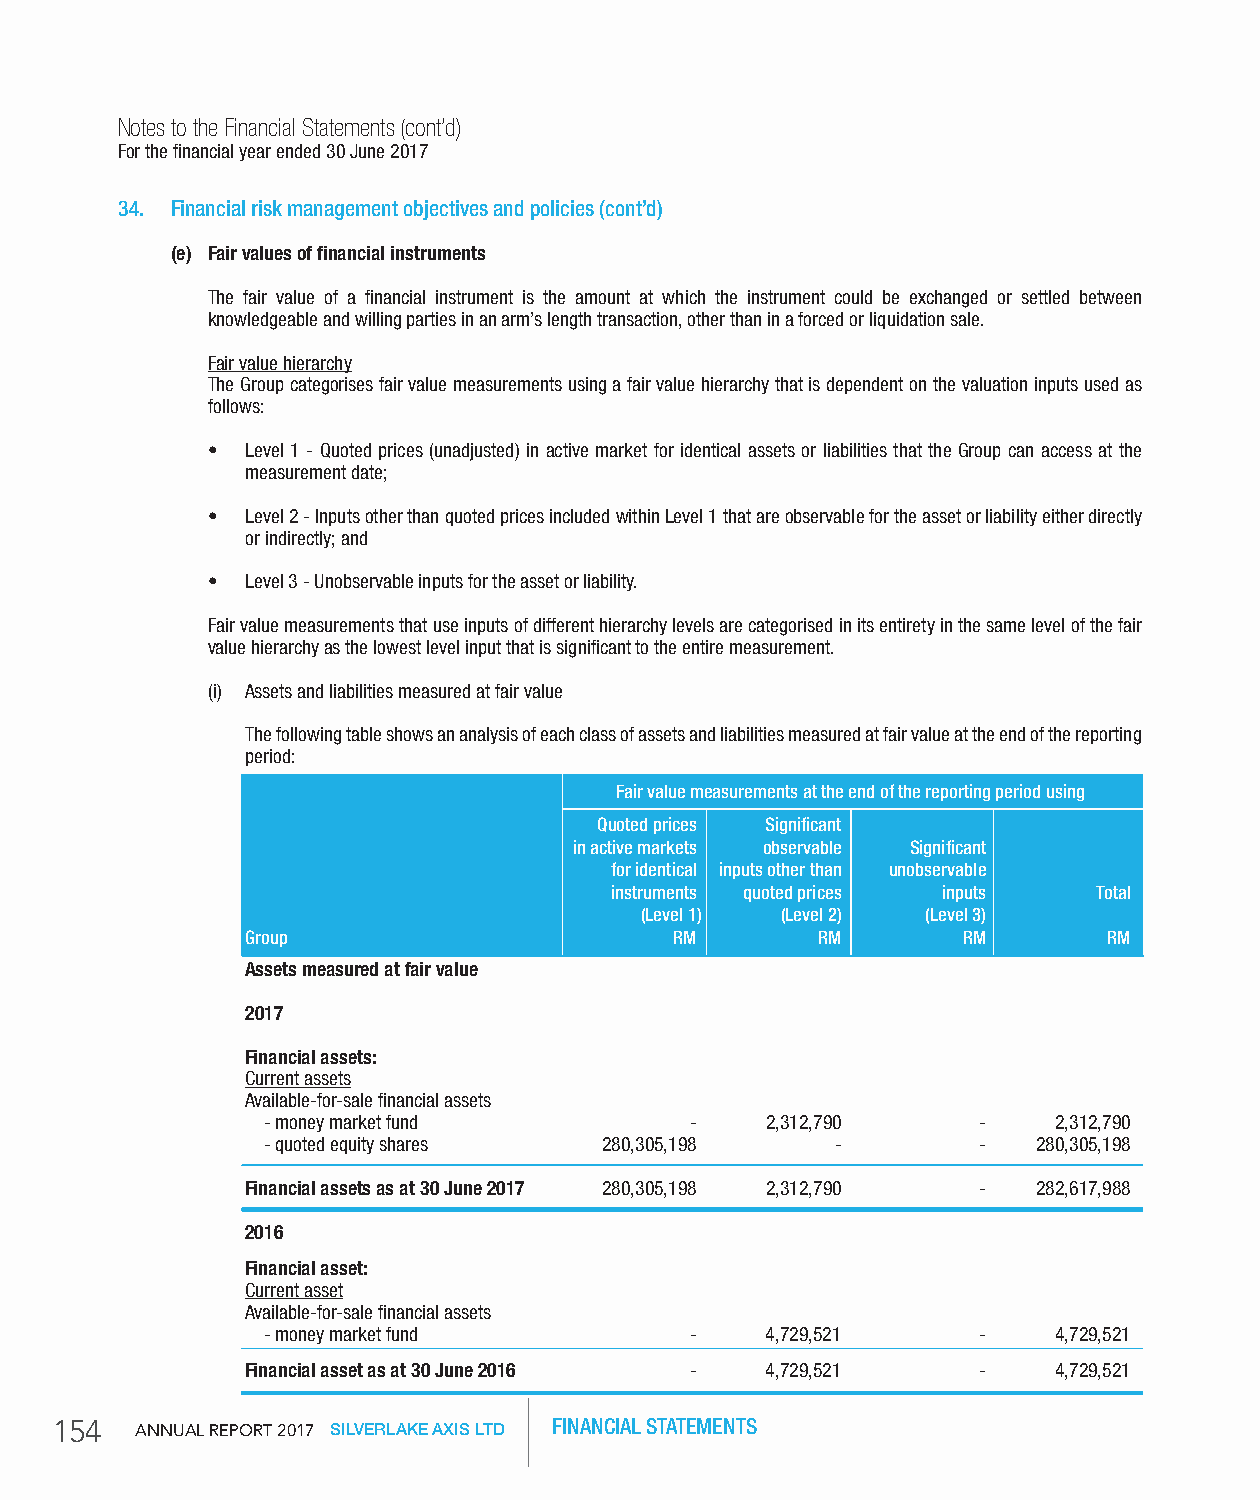
Notes to the Financial Statements (cont’d)
 For the financial year ended 30 June 2017
 34. Financial risk management objectives and policies (cont’d)
 (e) Fair values of financial instruments
 The fair value of a financial instrument is the amount at which the instrument could be exchanged or settled between
 knowledgeable and willing parties in an arm’s length transaction, other than in a forced or liquidation sale.
 Fair value hierarchy
 The Group categorises fair value measurements using a fair value hierarchy that is dependent on the valuation inputs used as
 follows:
 • Level 1 - Quoted prices (unadjusted) in active market for identical assets or liabilities that the Group can access at the
 measurement date;
 • Level 2 - Inputs other than quoted prices included within Level 1 that are observable for the asset or liability either directly
 or indirectly; and
 • Level 3 - Unobservable inputs for the asset or liability.
 Fair value measurements that use inputs of different hierarchy levels are categorised in its entirety in the same level of the fair
 value hierarchy as the lowest level input that is significant to the entire measurement.
 (i) Assets and liabilities measured at fair value
 The following table shows an analysis of each class of assets and liabilities measured at fair value at the end of the reporting
 period:
 Fair value measurements at the end of the reporting period using
 quoted prices Significant
 in active markets observable Significant
 for identical inputs other than unobservable
 instruments quoted prices inputs Total
 (Level 1) (Level 2) (Level 3)
 group                        rM       rM        rM       rM
 Assets measured at fair value
 2017
 Financial assets:
 Current assets
 Available-for-sale financial assets
 - money market fund          -    2,312,790     -    2,312,790
 - quoted equity shares 280,305,198    -         -   280,305,198
 Financial assets as at 30 June 2017 280,305,198 2,312,790 - 282,617,988
 2016
 Financial asset:
 Current asset
 Available-for-sale financial assets
 - money market fund          -    4,729,521     -    4,729,521
 Financial asset as at 30 June 2016 - 4,729,521   -    4,729,521
 154   AnnuAl RepoRt 2017 SILVERLAKE AXIS LTD FINANCIAL STATEMENTS